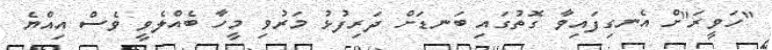
"ހަވީރަ"ށް އެނގިފައިވާ ގޮތުގައި ބަނޑަށް ދަރިފުޅު މަރުވި މީހާ ބެއްލެވީ ވެސް އިއްޔެ